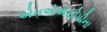
એનએએસીપીના